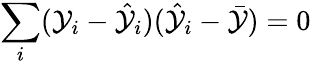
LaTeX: \sum_{i}(\mathcal{Y}_{i}-{\hat{{\mathcal{Y}}}}_{i})({\hat{{\mathcal{Y}}}}_{i}-{\bar{{\mathcal{Y}}}})=0